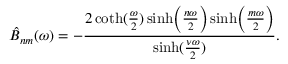
\hat { B } _ { n m } ( \omega ) = - { \frac { 2 \coth ( { \frac { \omega } { 2 } } ) \sinh \Bigl ( { \frac { n \omega } { 2 } } \Bigr ) \sinh \Bigl ( { \frac { m \omega } { 2 } } \Bigr ) } { \sinh ( { \frac { \nu \omega } { 2 } } ) } } .